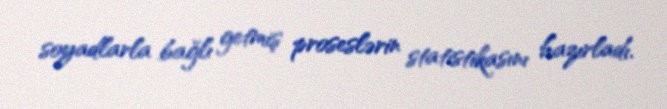
soyadlarla bağlı getmiş proseslərin statistikasını hazırladı.